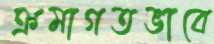
ক্রমাগতভাবে